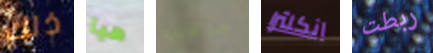
ذلك هيا ماهي انكلترا ربطت